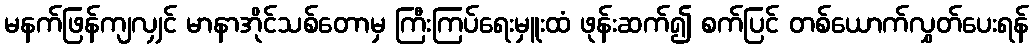
မနက်ဖြန်ကျလျှင် မာနာအိုင်သစ်တောမှ ကြီးကြပ်ရေးမှူးထံ ဖုန်းဆက်၍ စက်ပြင် တစ်ယောက်လွှတ်ပေးရန်